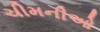
ચીમનીઓ